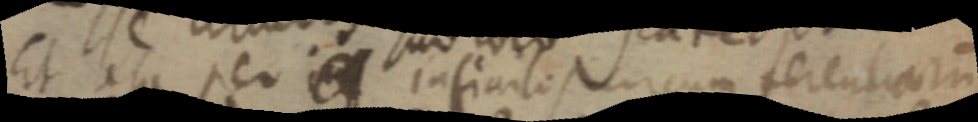
Et ita per _ infinitos circumferentiam